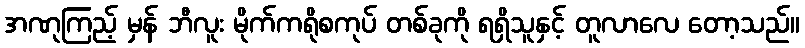
အဏုကြည့် မှန် ဘီလူး မိုက်ကရိုစကုပ် တစ်ခုကို ရရှိသူနှင့် တူလာလေ တော့သည်။